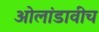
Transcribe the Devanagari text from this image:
ओलांडावीच